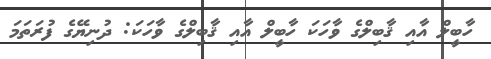
ހާބީލް އާއި ޤާބިލްގެ ވާހަކަ ހާބީލް އާއި ޤާބިލްގެ ވާހަކަ: ދުނިޔޭގެ ފުރަތަމަ